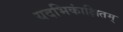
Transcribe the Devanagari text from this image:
यदभिकांक्षितम्